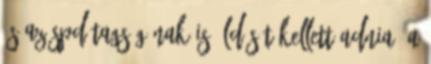
és az SPD tagságának is áldását kellett adnia. A